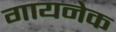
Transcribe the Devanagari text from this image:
गायनेक